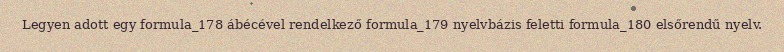
Legyen adott egy formula_178 ábécével rendelkező formula_179 nyelvbázis feletti formula_180 elsőrendű nyelv.